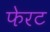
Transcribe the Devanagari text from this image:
फेरट